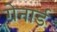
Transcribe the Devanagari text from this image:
ग्रेनार्ड